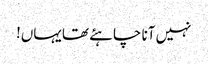
نہیں آنا چاہئے تھا یہاں!